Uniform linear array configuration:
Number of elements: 4
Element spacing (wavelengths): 0.25
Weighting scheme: uniform
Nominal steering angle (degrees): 15
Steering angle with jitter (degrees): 15.779
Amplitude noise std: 0.05
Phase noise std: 0.05

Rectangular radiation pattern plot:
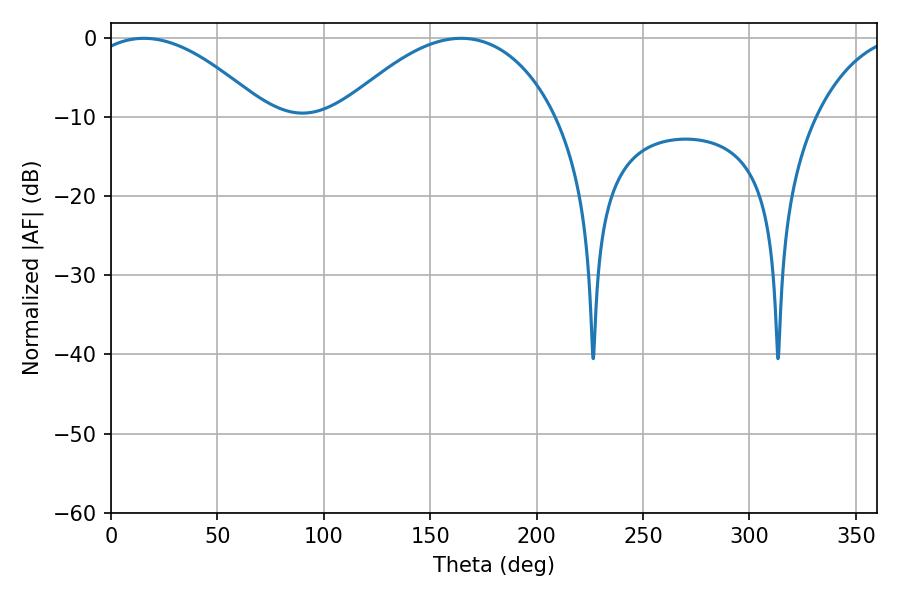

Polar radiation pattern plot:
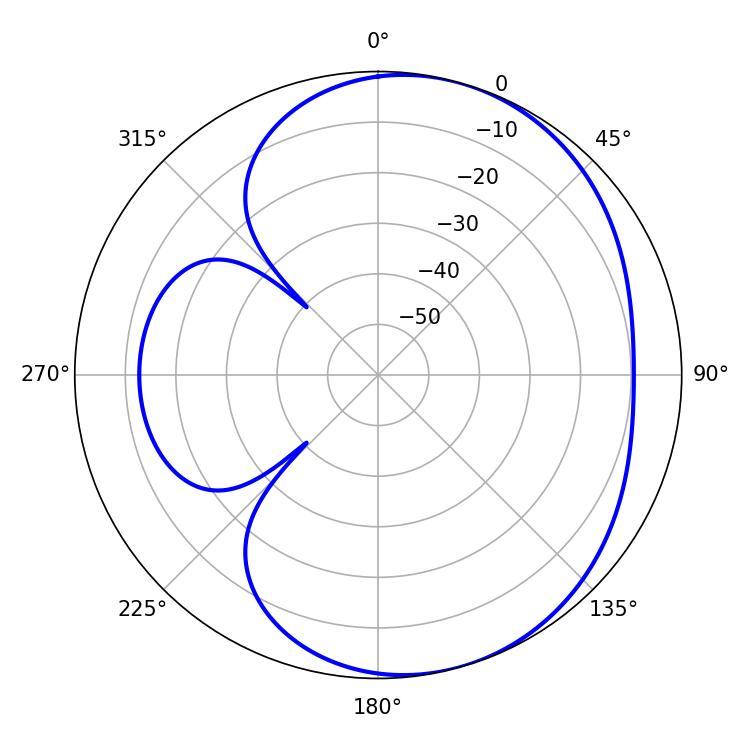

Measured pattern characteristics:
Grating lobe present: FALSE
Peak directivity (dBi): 4.841
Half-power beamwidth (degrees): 45.9
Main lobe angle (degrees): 15.48